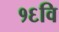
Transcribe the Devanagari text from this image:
१६वि